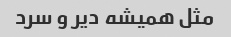
مثل همیشه دیر و سرد